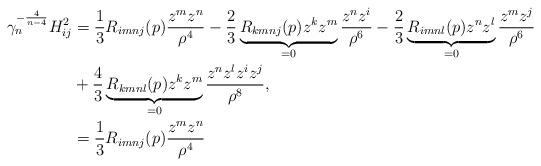
LaTeX: \begin{align*}\gamma^{-\frac{4}{n-4}}_nH^2_{ij}&=\frac{1}{3}R_{imnj}(p)\frac{z^m z^n}{\rho^4} - \frac{2}{3}\underbrace{R_{kmnj}(p)z^kz^m}_{=0}\frac{z^n z^i}{\rho^6} -\frac{2}{3}\underbrace{R_{imnl}(p)z^nz^l}_{=0}\frac{z^m z^j}{\rho^6} \\&+\frac{4}{3}\underbrace{R_{kmnl}(p)z^kz^m}_{=0}\frac{z^nz^l z^iz^j}{\rho^8},\\&=\frac{1}{3}R_{imnj}(p)\frac{z^m z^n}{\rho^4}\end{align*}